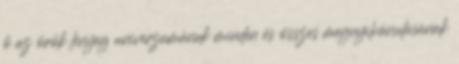
ő az örök lényeg univerzumának minden és összes megnyilvánulásának